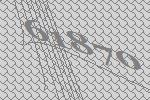
61870